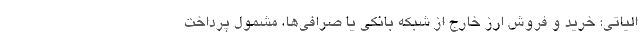
الیاتی: خرید و فروش ارز خارج از شبکه بانکی یا صرافی‌ها، مشمول پرداخت